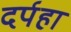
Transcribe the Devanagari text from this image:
दर्पहा